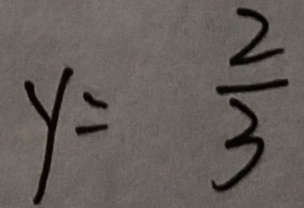
y = \frac { 2 } { 3 }